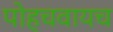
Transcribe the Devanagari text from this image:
पोहचवायच